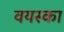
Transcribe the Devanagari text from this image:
वयस्का